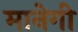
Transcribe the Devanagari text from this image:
मानेगी